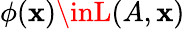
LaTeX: \phi({\boldsymbol{\mathbf{x}}})\inL(A,{\boldsymbol{\mathbf{x}}})